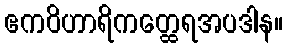
ဧကဝိဟာရိကတ္ထေရအပဒါန။